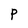
Character: P